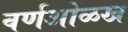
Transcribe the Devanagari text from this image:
वर्णओळख